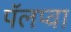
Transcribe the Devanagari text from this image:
पॅलप्वा